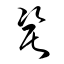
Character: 瓷